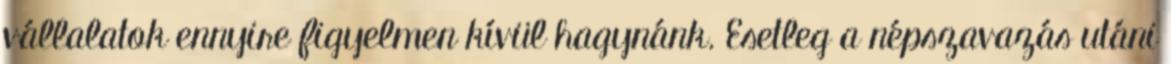
vállalatok ennyire figyelmen kívül hagynánk. Esetleg a népszavazás utáni